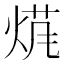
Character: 𱫖